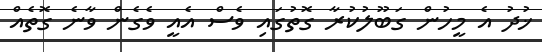
ޚުދު އެ މީހުން ގަބޫލުކުރާ ގޮތުގައި ވެސް އެއީ ވެގެން ވާނެ ގޮތެއް